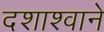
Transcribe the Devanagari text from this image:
दशाश्वाने